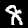
Digit: 8